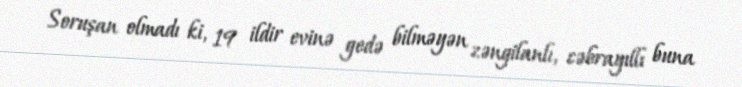
Soruşan olmadı ki, 19 ildir evinə gedə bilməyən zəngilanlı, cəbrayıllı buna